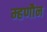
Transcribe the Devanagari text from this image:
म्हणौन